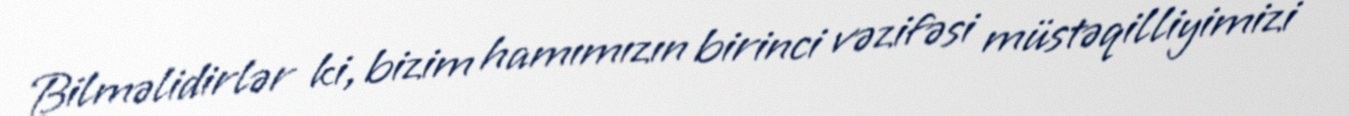
Bilməlidirlər ki, bizim hamımızın birinci vəzifəsi müstəqilliyimizi